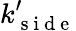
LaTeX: k_{\mathrm{~s~i~d~e~}}^{\prime}